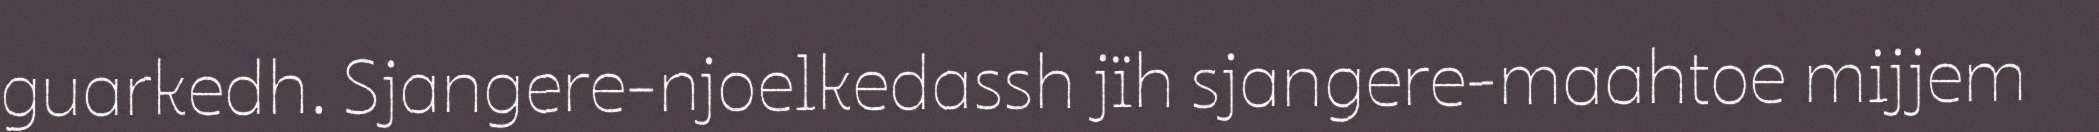
guarkedh. Sjangere-njoelkedassh jïh sjangere-maahtoe mijjem